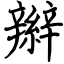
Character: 辮